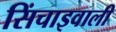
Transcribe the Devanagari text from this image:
सिंचाइवाली